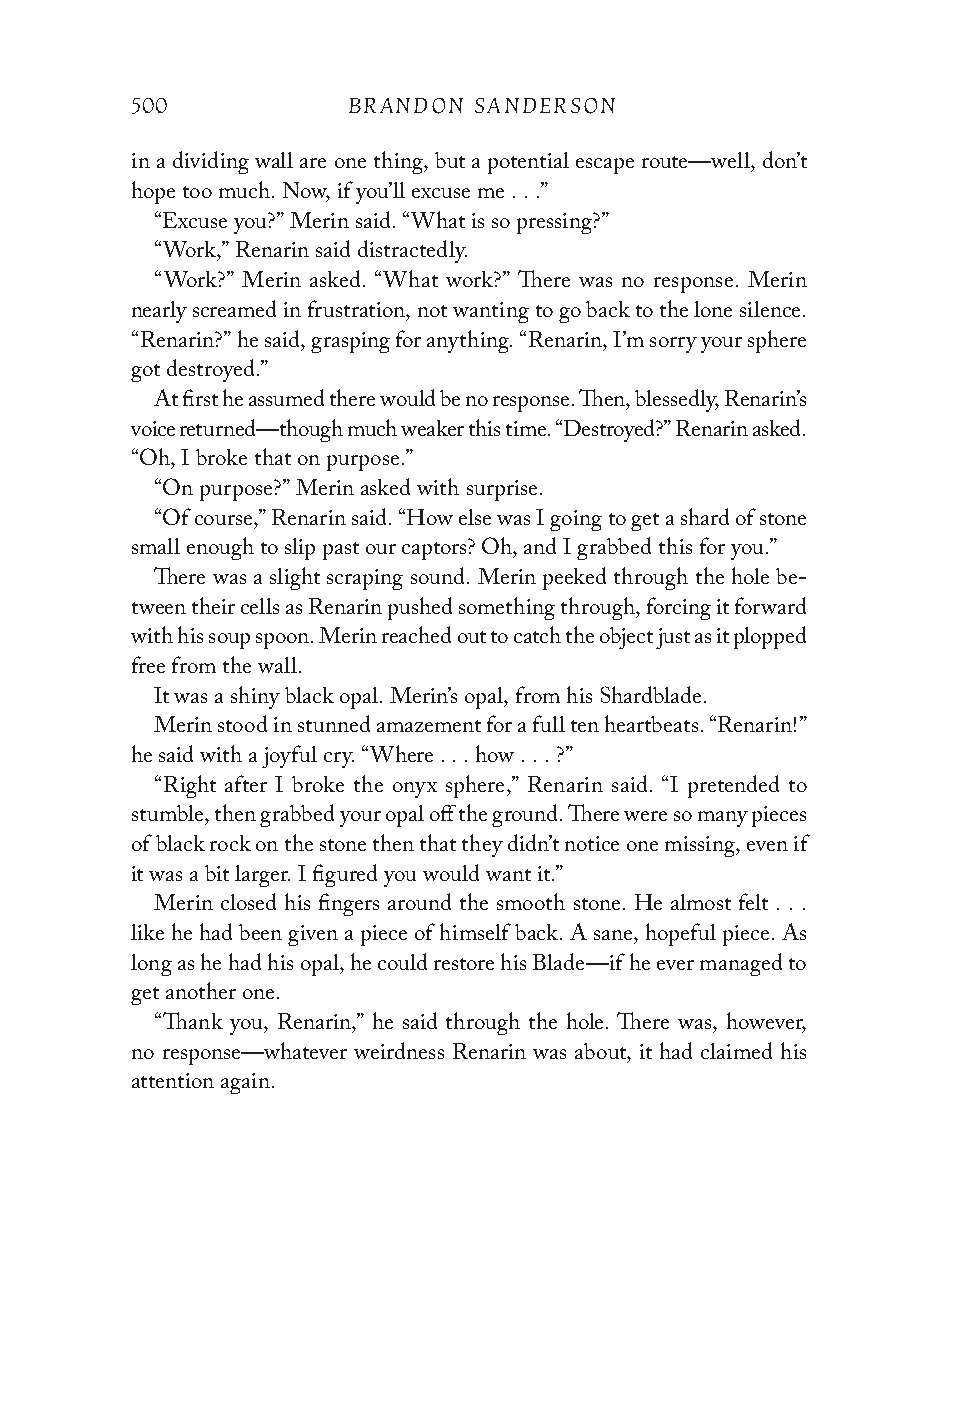
500           BRANDON SANDERSON
 in a dividing wall are one thing, but a potential escape route—well, don’t
 hope too much. Now, if you’ll excuse me . . .”
 “Excuse you?” Merin said. “What is so pressing?”
 “Work,” Renarin said distractedly.
 “Work?” Merin asked. “What work?” There was no response. Merin
 nearly screamed in frustration, not wanting to go back to the lone silence.
 “Renarin?” he said, grasping for anything. “Renarin, I’m sorry your sphere
 got destroyed.”
 At first he assumed there would be no response. Then, blessedly, Renarin’s
 voice returned—though much weaker this time. “Destroyed?” Renarin asked.
 “Oh, I broke that on purpose.”
 “On purpose?” Merin asked with surprise.
 “Of course,” Renarin said. “How else was I going to get a shard of stone
 small enough to slip past our captors? Oh, and I grabbed this for you.”
 There was a slight scraping sound. Merin peeked through the hole be-
 tween their cells as Renarin pushed something through, forcing it forward
 with his soup spoon. Merin reached out to catch the object just as it plopped
 free from the wall.
 It was a shiny black opal. Merin’s opal, from his Shardblade.
 Merin stood in stunned amazement for a full ten heartbeats. “Renarin!”
 he said with a joyful cry. “Where . . . how . . . ?”
 “Right after I broke the onyx sphere,” Renarin said. “I pretended to
 stumble, then grabbed your opal off the ground. There were so many pieces
 of black rock on the stone then that they didn’t notice one missing, even if
 it was a bit larger. I figured you would want it.”
 Merin closed his fingers around the smooth stone. He almost felt . . .
 like he had been given a piece of himself back. A sane, hopeful piece. As
 long as he had his opal, he could restore his Blade—if he ever managed to
 get another one.
 “Thank you, Renarin,” he said through the hole. There was, however,
 no response—whatever weirdness Renarin was about, it had claimed his
 attention again.